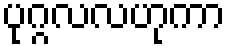
ပုဂ္ဂလလဟုကာ